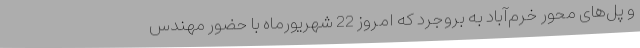
و پل‌های محور خرم‌آباد به بروجرد که امروز 22 شهریورماه با حضور مهندس